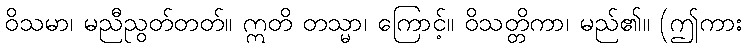
ဝိသမာ၊ မညီညွတ်တတ်။ ဣတိ တသ္မာ၊ ကြောင့်။ ဝိသတ္တိကာ၊ မည်၏။ (ဤကား